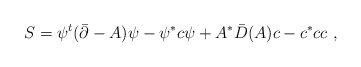
LaTeX: \begin{align*}S= \psi^t (\bar \partial-A)\psi -\psi ^* c\psi + A^*\bar D(A)c -c^* c c\ ,\end{align*}